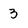
Character: 3